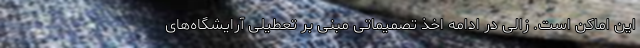
این اماکن است. زالی در ادامه اخذ تصمیماتی مبنی بر تعطیلی آرایشگاه‌های